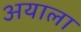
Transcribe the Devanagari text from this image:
अयाला